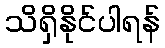
သိရှိနိုင်ပါရန်